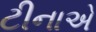
ટીનાએ